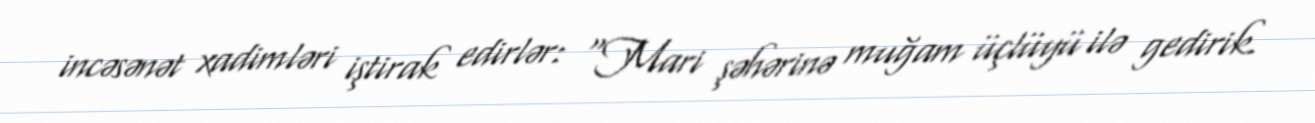
incəsənət xadimləri iştirak edirlər: "Mari şəhərinə muğam üçlüyü ilə gedirik.